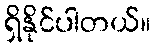
ရှိနိုင်ပါတယ်။